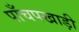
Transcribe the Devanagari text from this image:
पाँचपखाड़ी